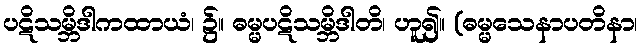
ပဋိသမ္ဘိဒါကထာယံ၊ ၌။ ဓမ္မပဋိသမ္ဘိဒါတိ၊ ဟူ၍။ (ဓမ္မသေနာပတိနာ၊